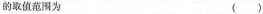
的取值范围为 （ ）